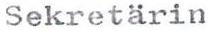
Sekretärin